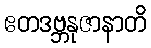
ဧတဒဗ္ဘနုဇာနာတိ